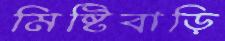
মিষ্টিবাড়ি